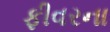
ફીવરના